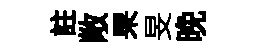
註敞杲旻晚